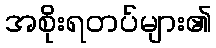
အစိုးရတပ်များ၏